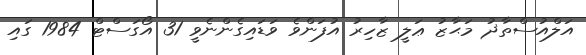
އަލްއުސްތާޛު މަޙާޒު ޢަލީ ޒާހިރު އުފަންވެ ވަޑައިގެންނެވީ 31 އޯގަސްޓް 1984 ގައި